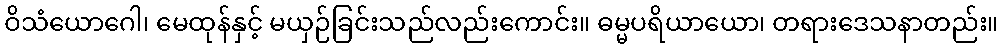
ဝိသံယောဂေါ၊ မေထုန်နှင့် မယှဉ်ခြင်းသည်လည်းကောင်း။ ဓမ္မပရိယာယော၊ တရားဒေသနာတည်း။